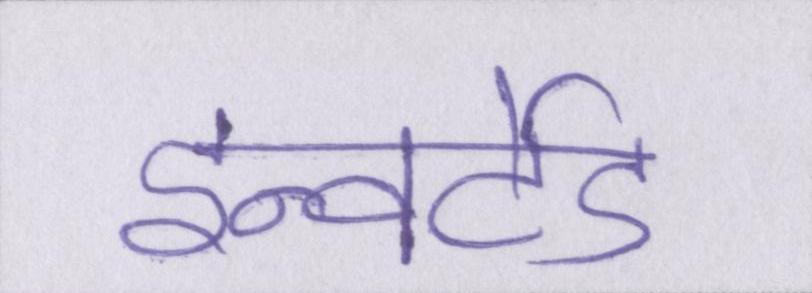
इन्वर्टेड